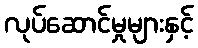
လုပ်ဆောင်မှုများနှင့်